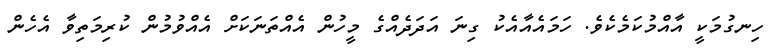
ހިނގުމަކީ އާއްމުކަމެކެވެ. ހަމައެއާއެކު ގިނަ އަދަދެއްގެ މީހުން އެއްތަނަކަށް އެއްވުމުން ކުރިމަތިވާ އެހެން